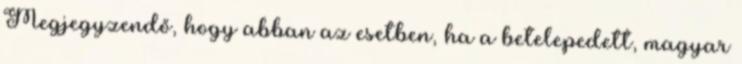
Megjegyzendő, hogy abban az esetben, ha a betelepedett, magyar